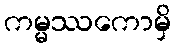
ကမ္မဿကောမှိ